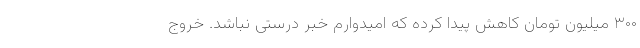
۳۰۰ میلیون تومان کاهش پیدا کرده که امیدوارم خبر درستی نباشد. خروج